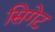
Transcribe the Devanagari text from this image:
सिगेट